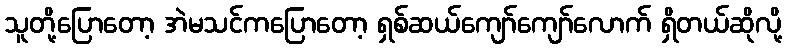
သူတို့ပြောတော့ အဲမသင်ကပြောတော့ ရှစ်ဆယ်ကျော်ကျော်လောက် ရှိတယ်ဆိုလို့